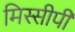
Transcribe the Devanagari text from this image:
मिस्सीपी